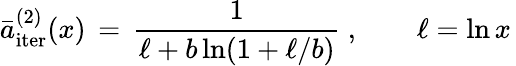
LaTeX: \bar{a}_{\mathrm{iter}}^{(2)}(x)\, =\, \frac{1}{\ell+b\ln(1+\ell/b)}~,\qquad\ell=\ln x\,